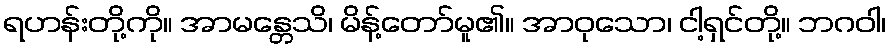
ရဟန်းတို့ကို။ အာမန္တေသိ၊ မိန့်တော်မူ၏။ အာဝုသော၊ ငါ့ရှင်တို့။ ဘဂဝါ၊